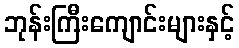
ဘုန်းကြီးကျောင်းများနှင့်